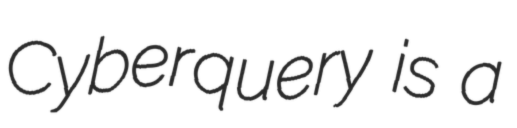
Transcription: Cyberquery is a